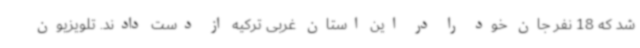
شد که 18 نفر جان خود را در این استان غربی ترکیه از دست دادند. تلویزیون